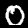
Digit: 0